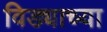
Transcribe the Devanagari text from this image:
विड्याच्‍या